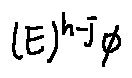
( E ) ^ { h - j } \phi